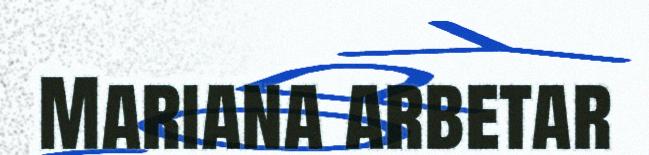
Mariana arbetar